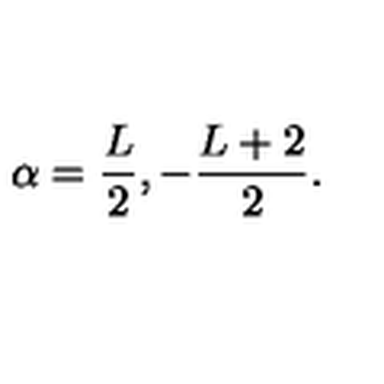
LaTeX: \alpha = { \frac { L } { 2 } } , - { \frac { L + 2 } { 2 } } .